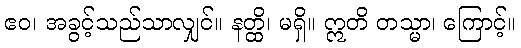
ဧဝ၊ အခွင့်သည်သာလျှင်။ နတ္ထိ၊ မရှိ။ ဣတိ တသ္မာ၊ ကြောင့်။